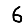
Digit: 6